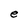
Character: e